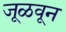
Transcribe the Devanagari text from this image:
जूळवून